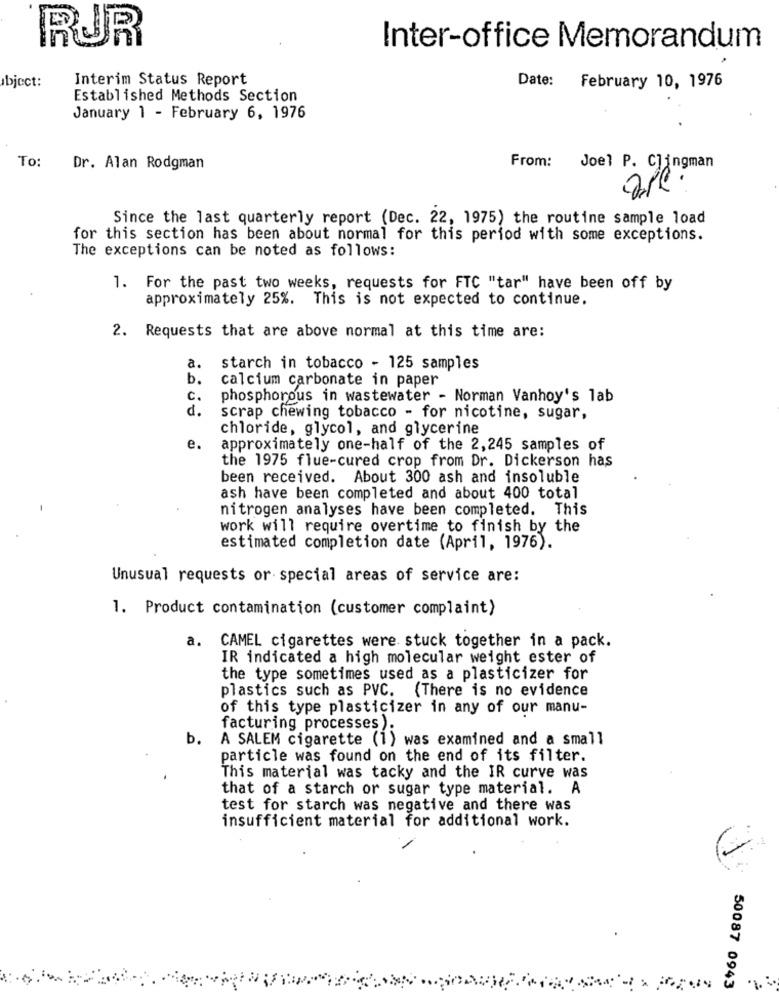
RUR
Inter-office Memorandum
bject:
Interim Status Report
Date: February 10, 1976
Established Methods Section
January 1 - February 6, 1976
To:
From:
Dr. Alan Rodgman
Joel P. Clingman
Since the last quarterly report (Dec. 22, 1975) the routine sample load
for this section has been about normal for this period with some exceptions.
The exceptions can be noted as follows:
1. For the past two weeks, requests for FTC "tar" have been off by
approximately 25%. This is not expected to continue.
2. Requests that are above normal at this time are:
a.
starch in tobacco - 125 samples
b.
calcium carbonate in paper
c.
phosphorous in wastewater - Norman Vanhoy's lab
d.
scrap chewing tobacco - for nicotine, sugar,
chloride, glycol, and glycerine
e.
approximately one-half of the 2,245 samples of
the 1975 flue-cured crop from Dr. Dickerson has
been received. About 300 ash and insoluble
ash have been completed and about 400 total
nitrogen analyses have been completed. This
work will require overtime to finish by the
estimated completion date (April, 1976).
Unusual requests or special areas of service are:
1. Product contamination (customer complaint)
a. CAMEL cigarettes were stuck together in a pack.
IR indicated a high molecular weight ester of
the type sometimes used as a plasticizer for
plastics such as PVC. (There is no evidence
of this type plasticizer in any of our manu-
facturing processes).
b.
A SALEM cigarette (1) was examined and a small
particle was found on the end of its filter.
This material was tacky and the IR curve was
that of a starch or sugar type material. A
test for starch was negative and there was
insufficient material for additional work.
50087 0943